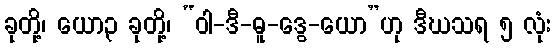
ခုတို့၊ ယော၃ ခုတို့၊ “ဝါ-ဒီ-ဓူ-ဒွေ-ယော”ဟု ဒီဃသရ ၅ လုံး